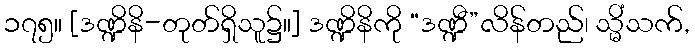
၁၇၅။ [ဒဏ္ဍိနိ-တုတ်ရှိသူ၌။] ဒဏ္ဍိနိကို “ဒဏ္ဍီ”လိန်တည်၊ သ္မိံသက်,